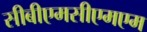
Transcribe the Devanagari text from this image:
सीबीएमसीएमएम